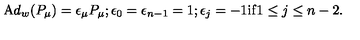
{ \mathrm A d } _ { w } ( P _ { \mu } ) = \epsilon _ { \mu } P _ { \mu } ; \epsilon _ { 0 } = \epsilon _ { n - 1 } = 1 ; \epsilon _ { j } = - 1 \mathrm { i f } 1 \leq j \leq n - 2 .